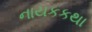
નાયકકથા